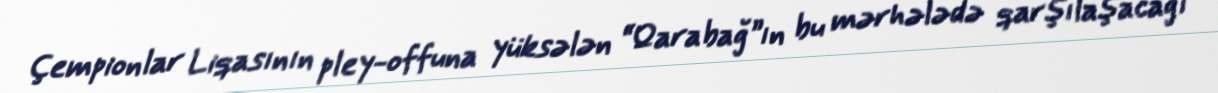
Çempionlar Liqasının pley-offuna yüksələn “Qarabağ”ın bu mərhələdə qarşılaşacağı